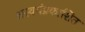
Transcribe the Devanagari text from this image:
अस्वयंप्रकाशित